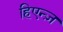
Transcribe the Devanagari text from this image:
हिएन्ज़